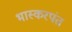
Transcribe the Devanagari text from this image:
भास्करपंत